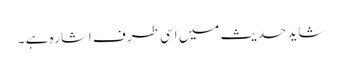
شاید حدیث میں اسی طرف اشارہ ہے ۔